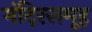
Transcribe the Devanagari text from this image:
मंदिरसमूह